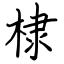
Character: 棣